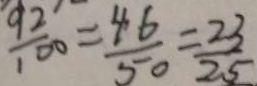
\frac { 9 2 } { 1 0 0 } = \frac { 4 6 } { 5 0 } = \frac { 2 3 } { 2 5 }